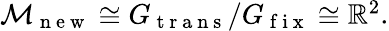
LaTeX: \begin{array}{r}{\mathcal{M}_{\mathrm{~n~e~w~}}\cong G_{\mathrm{~t~r~a~n~s~}}/G_{\mathrm{~f~i~x~}}\cong\mathbb{R}^{2}.}\end{array}